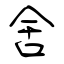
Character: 舍